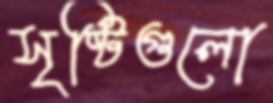
সৃষ্টিগুলো